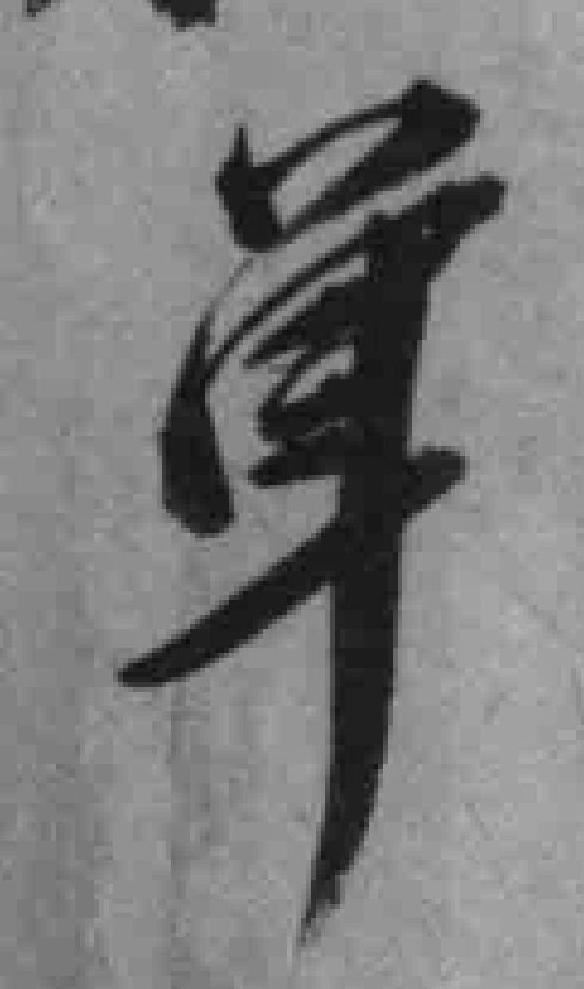
单